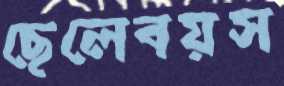
ছেলেবয়স